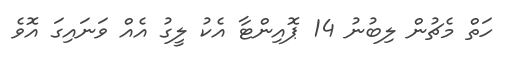
ހަތް މެޗުން ލިބުނު 14 ޕޮއިންޓާ އެކު ލީގު އެއް ވަަނައިގަ އޮވެ